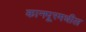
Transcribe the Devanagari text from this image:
कानपूरमधील